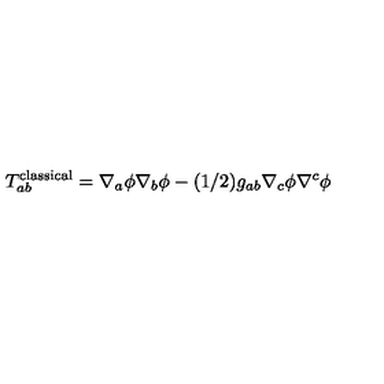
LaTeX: T _ { a b } ^ { \mathrm { c l a s s i c a l } } = \nabla _ { a } \phi \nabla _ { b } \phi - ( 1 / 2 ) g _ { a b } \nabla _ { c } \phi \nabla ^ { c } \phi